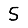
Digit: 5